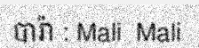
បារ៉ា : Mali  Mali